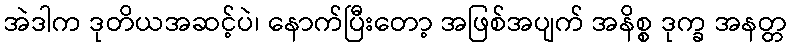
အဲဒါက ဒုတိယအဆင့်ပဲ၊ နောက်ပြီးတော့ အဖြစ်အပျက် အနိစ္စ ဒုက္ခ အနတ္တ